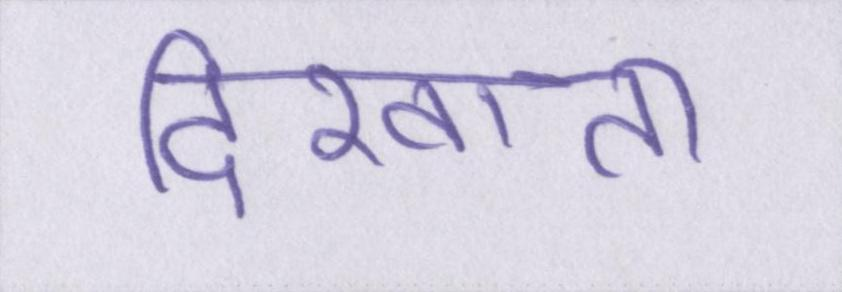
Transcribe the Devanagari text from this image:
दिखाता